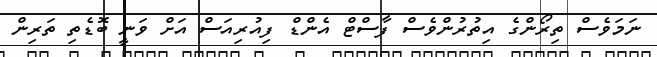
ނަމަވެސް ތިރޯންގެ އިތުރުންވެސް ފާސްޓް އެންޑް ފިއުރިއަސް އަށް ވަނީ ބޮޑެތި ތަރިން